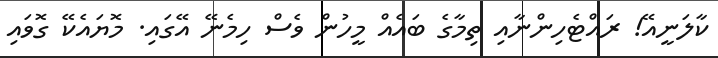
ކާލަނީއޭ! ރައްޓެހިންނާއި ތިމާގެ ބައެއް މީހުން ވެސް ހިމެނޭ އޭގައި. މޮޔައެކޭ ގޮވައި